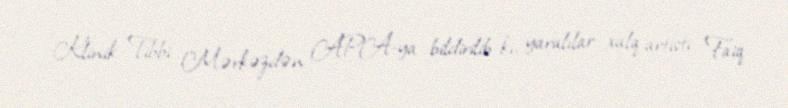
Klinik Tibbi Mərkəzdən APA-ya bildirilib ki, yaralılar xalq artisti Faiq